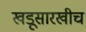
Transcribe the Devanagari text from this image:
खडूसारखीच